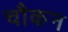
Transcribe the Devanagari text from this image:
चौकन